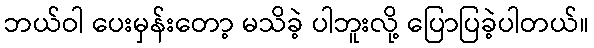
ဘယ်ဝါ ပေးမှန်းတော့ မသိခဲ့ ပါဘူးလို့ ပြောပြခဲ့ပါတယ်။